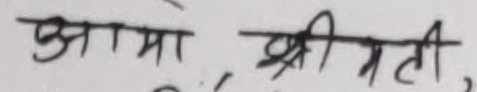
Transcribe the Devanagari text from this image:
प्रमा श्रीमती